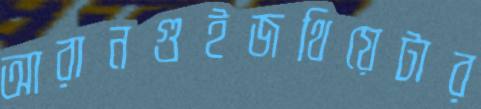
আরানগুইজথিয়েটার